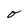
Character: o